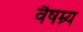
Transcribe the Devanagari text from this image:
वैषम्र्य